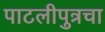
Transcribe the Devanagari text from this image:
पाटलीपुत्रचा